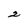
Character: 2